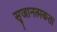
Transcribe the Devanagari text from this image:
सृजानत्मकता